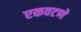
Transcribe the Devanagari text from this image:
एकवटणे